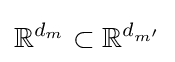
\mathbb {R} ^{d_{m}}\subset \mathbb {R} ^{d_{m'}}